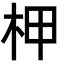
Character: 柙